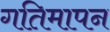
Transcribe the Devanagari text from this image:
गतिमापन